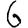
Digit: 6